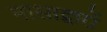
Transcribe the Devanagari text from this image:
नासाद्वारों